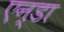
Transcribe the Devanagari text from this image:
एन्डा